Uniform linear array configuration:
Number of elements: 8
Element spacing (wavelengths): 1
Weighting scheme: hamming
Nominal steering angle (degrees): -15
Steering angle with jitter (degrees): -14.664
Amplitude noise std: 0.05
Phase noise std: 0.05

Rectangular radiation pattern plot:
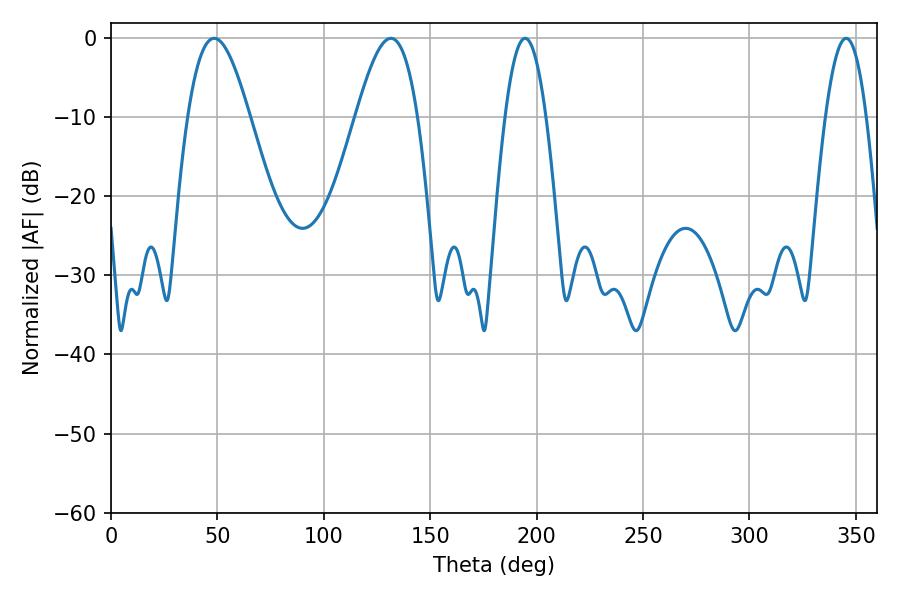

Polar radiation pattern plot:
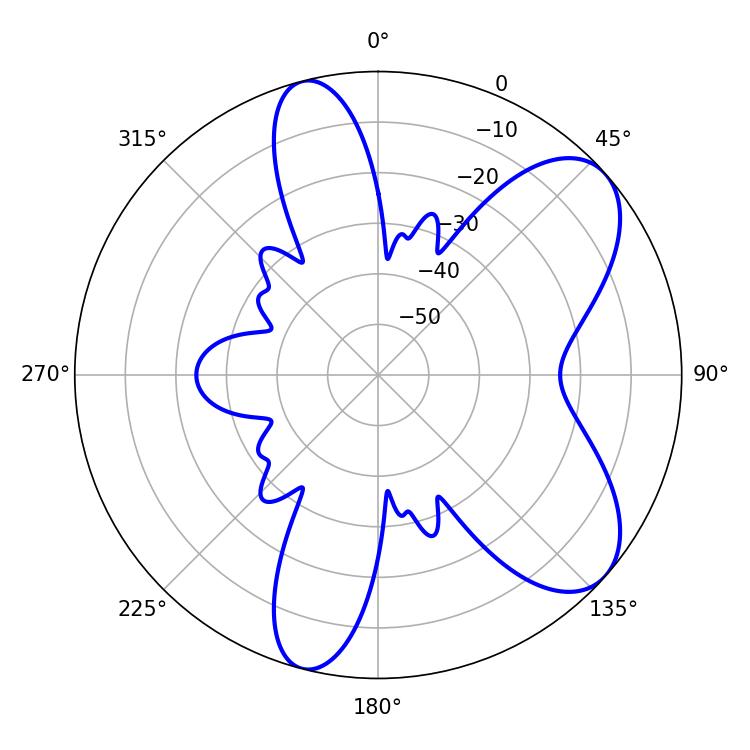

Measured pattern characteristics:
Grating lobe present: TRUE
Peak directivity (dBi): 7.509
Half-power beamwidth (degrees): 10.44
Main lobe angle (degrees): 345.42